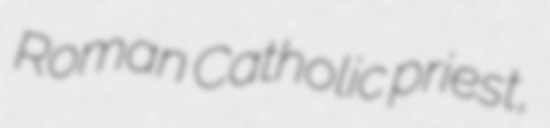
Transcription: Roman Catholic priest,